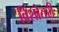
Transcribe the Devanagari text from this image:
विंशोतरी